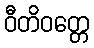
ဝီတိဝတ္တေ